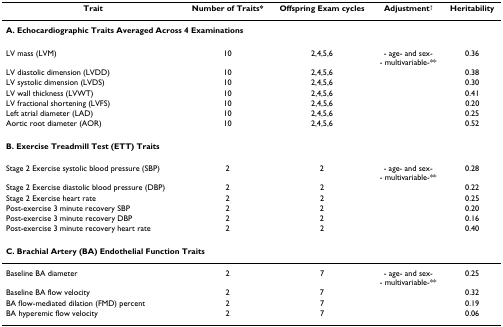
<table><thead><tr><td><b>Trait</b></td><td><b>Number of Traits*</b></td><td><b>Offspring Exam cycles</b></td><td><b>Adjustment<sup>†</sup></b></td><td><b>Heritability</b></td></tr></thead><tbody><tr><td colspan="5"><b>A. Echocardiographic Traits Averaged Across 4 Examinations</b></td></tr><tr><td>LV mass (LVM)</td><td>10</td><td>2,4,5,6</td><td>- age- and sex-- multivariable-**</td><td>0.36</td></tr><tr><td>LV diastolic dimension (LVDD)</td><td>10</td><td>2,4,5,6</td><td></td><td>0.38</td></tr><tr><td>LV systolic dimension (LVDS)</td><td>10</td><td>2,4,5,6</td><td></td><td>0.30</td></tr><tr><td>LV wall thickness (LVWT)</td><td>10</td><td>2,4,5,6</td><td></td><td>0.41</td></tr><tr><td>LV fractional shortening (LVFS)</td><td>10</td><td>2,4,5,6</td><td></td><td>0.20</td></tr><tr><td>Left atrial diameter (LAD)</td><td>10</td><td>2,4,5,6</td><td></td><td>0.25</td></tr><tr><td>Aortic root diameter (AOR)</td><td>10</td><td>2,4,5,6</td><td></td><td>0.52</td></tr><tr><td colspan="5"><b>B. Exercise Treadmill Test (ETT) Traits</b></td></tr><tr><td>Stage 2 Exercise systolic blood pressure (SBP)</td><td>2</td><td>2</td><td>- age- and sex-- multivariable-**</td><td>0.28</td></tr><tr><td>Stage 2 Exercise diastolic blood pressure (DBP)</td><td>2</td><td>2</td><td></td><td>0.22</td></tr><tr><td>Stage 2 Exercise heart rate</td><td>2</td><td>2</td><td></td><td>0.25</td></tr><tr><td>Post-exercise 3 minute recovery SBP</td><td>2</td><td>2</td><td></td><td>0.20</td></tr><tr><td>Post-exercise 3 minute recovery DBP</td><td>2</td><td>2</td><td></td><td>0.16</td></tr><tr><td>Post-exercise 3 minute recovery heart rate</td><td>2</td><td>2</td><td></td><td>0.40</td></tr><tr><td colspan="5"><b>C. Brachial Artery (BA) Endothelial Function Traits</b></td></tr><tr><td>Baseline BA diameter</td><td>2</td><td>7</td><td>- age- and sex-- multivariable-**</td><td>0.25</td></tr><tr><td>Baseline BA flow velocity</td><td>2</td><td>7</td><td></td><td>0.32</td></tr><tr><td>BA flow-mediated dilation (FMD) percent</td><td>2</td><td>7</td><td></td><td>0.19</td></tr><tr><td>BA hyperemic flow velocity</td><td>2</td><td>7</td><td></td><td>0.06</td></tr></tbody></table>